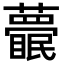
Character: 𥌱